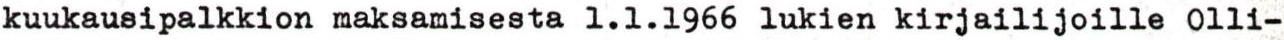
kuukausipalkkion maksamisesta 1.1.1966 lukien kirjailijoille Olli-